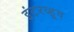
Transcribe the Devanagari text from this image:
इंटरव्हूव